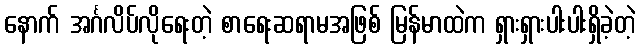
နောက် အင်္ဂလိပ်လိုရေးတဲ့ စာရေးဆရာမအဖြစ် မြန်မာထဲက ရှားရှားပါးပါးရှိခဲ့တဲ့